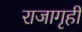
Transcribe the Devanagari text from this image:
राजागृही